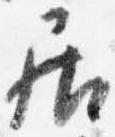
居